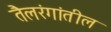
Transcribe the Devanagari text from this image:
तैलरंगांतील